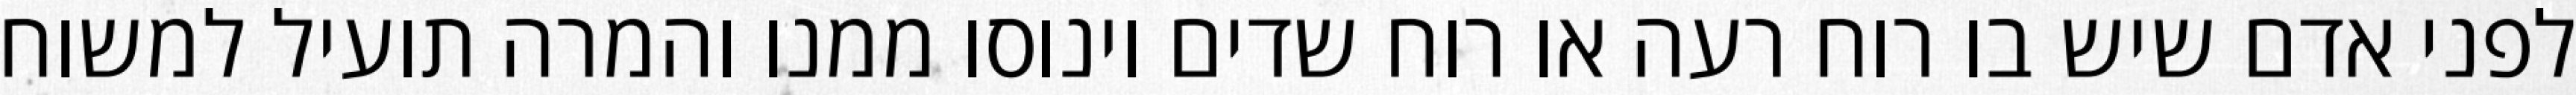
לפני אדם שיש בו רוח רעה או רוח שדים וינוסו ממנו והמרה תועיל למשוח